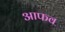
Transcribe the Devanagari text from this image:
आफव